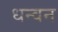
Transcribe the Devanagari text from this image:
धन्वन